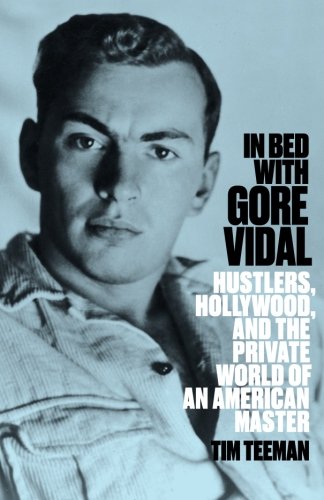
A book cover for In Bed with Gore Vidal; Tim Teeman; Gay & Lesbian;